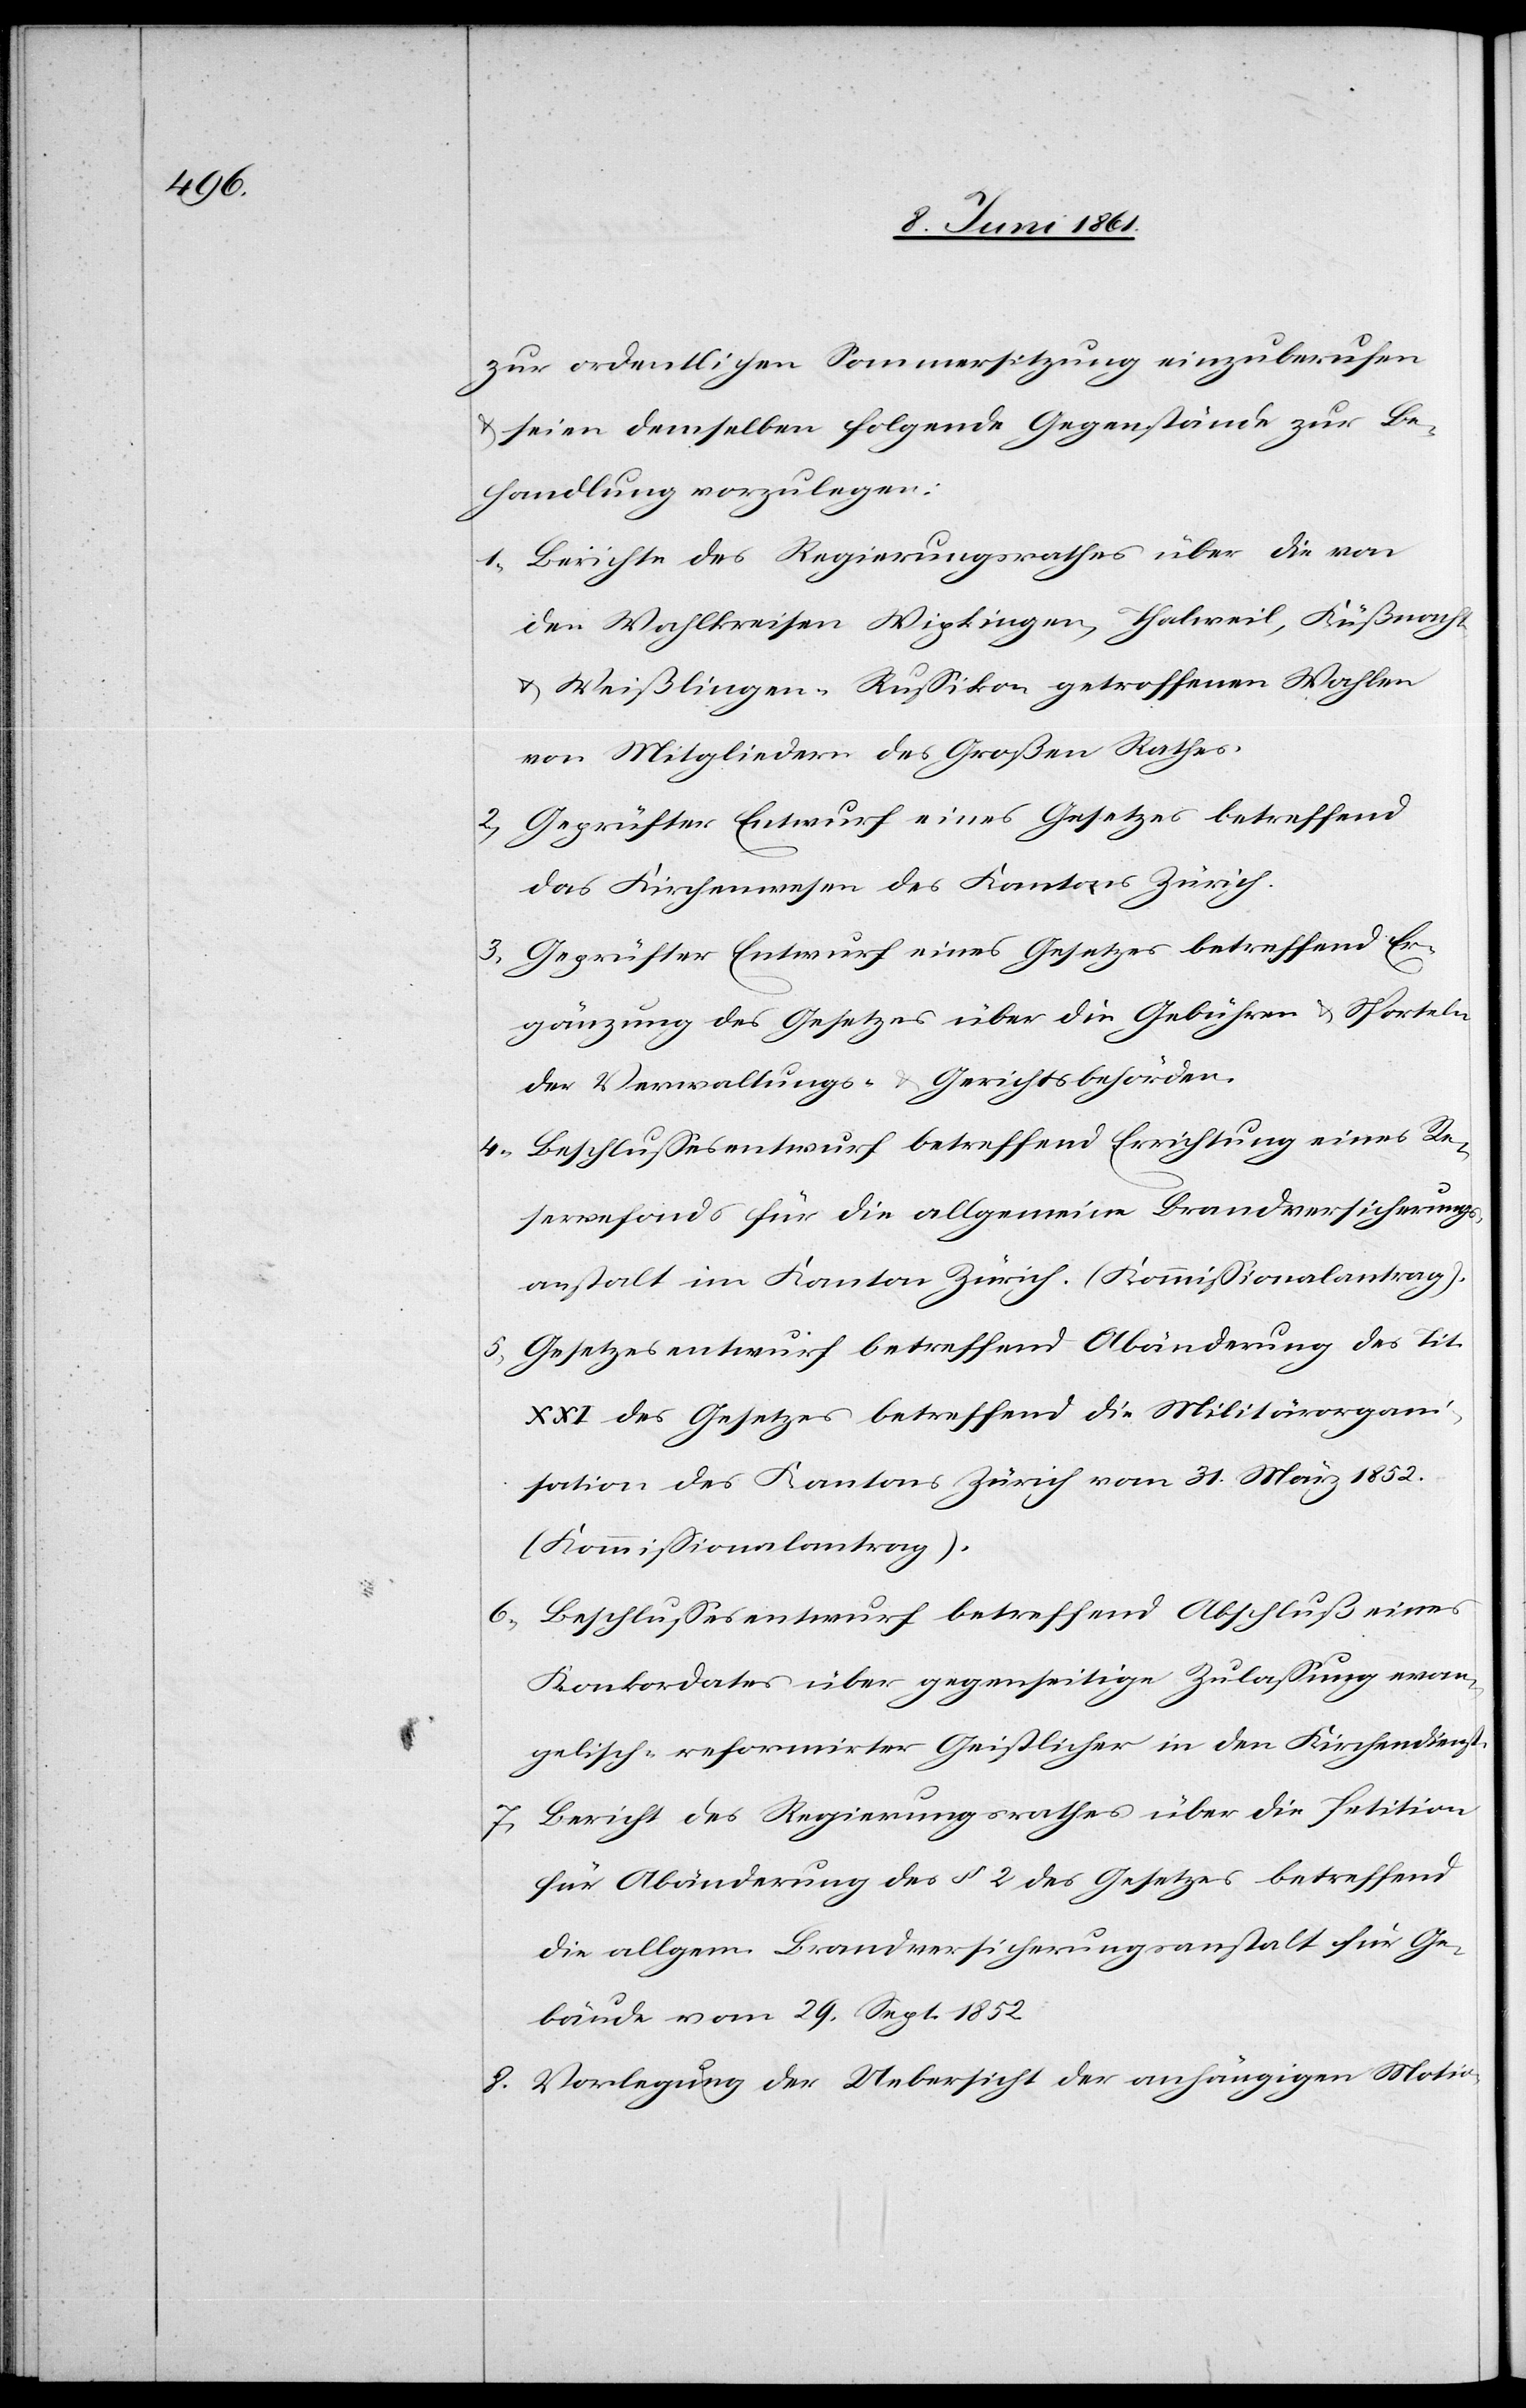
zur ordentlichen Sommersitzung einzuberufen
u. seien demselben folgende Gegenstände zur Be¬
handlung vorzulegen:
1. Berichte des Regierungsrathes über die von
den Wahlkreisen Wipkingen, Thalweil, Küßnacht
u. Weißlingen-Russikon getroffenen Wahlen
von Mitgliedern des Großen Rathes.
2. Geprüfter Entwurf eines Gesetzes betreffend
das Kirchenwesen des Kantons Zürich.
3. Geprüfter Entwurf eines Gesetzes betreffend Er¬
gänzung des Gesetzes über die Gebühren u. Sporteln
der Verwaltungs- u. Gerichtsbehörden.
4. Beschlussesentwurf betreffend Errichtung eines Re¬
servefonds für die allgemeine Brandversicherungs¬
anstalt im Kanton Zürich. (Kommissionalantrag).
5. Gesetzesentwurf betreffend Abänderung des Tit.
XXI des Gesetzes betreffend die Militärorgani¬
sation des Kantons Zürich vom 31. März 1852.
(Kommissionalantrag).
6. Beschlussesentwurf betreffend Abschluß eines
Konkordates über gegenseitige Zulassung evan¬
gelisch-reformirter Geistlicher in den Kirchendienst.
7. Bericht des Regierungsrathes über die Petition
für Abänderung des § 2 des Gesetzes betreffend
die allgem. Brandversicherungsanstalt für Ge¬
bäude vom 29. Sept. 1852.
8. Vorlegung der Uebersicht der anhängigen Motio-